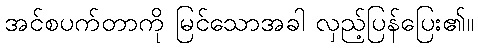
အင်စပက်တာကို မြင်သောအခါ လှည့်ပြန်ပြေး၏။